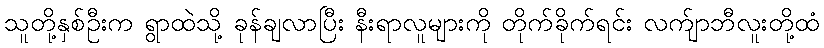
သူတို့နှစ်ဦးက ရွာထဲသို့ ခုန်ချလာပြီး နီးရာလူများကို တိုက်ခိုက်ရင်း လက်ျာဘီလူးတို့ထံ